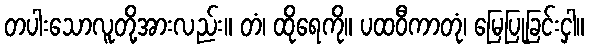
တပါးသောလူတို့အားလည်း။ တံ၊ ထိုရေကို။ ပထဝီကာတုံ၊ မြေပြုခြင်းငှါ။